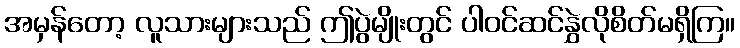
အမှန်တော့ လူသားများသည် ဤပွဲမျိုးတွင် ပါဝင်ဆင်နွှဲလိုစိတ်မရှိကြ။